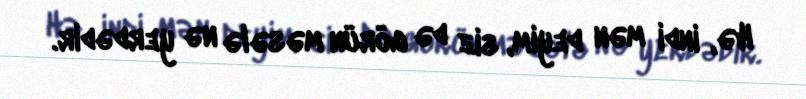
Hə, indi mən deyim, siz də görün məsələ nə yerdədir.